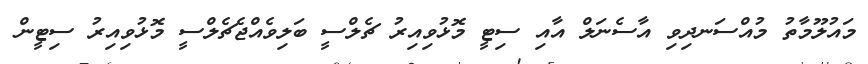
މައުލޫމާތު މުއްސަނދިވި އާސެނަލް އާއި ސިޓީ މޮޅުވިއިރު ޗެލްސީ ބަލިވެއްޖެޗެލްސީ މޮޅުވިއިރު ސިޓީން